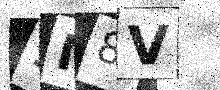
Text: 9M8V